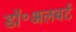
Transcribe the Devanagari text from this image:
डॉ॰अलबर्ट